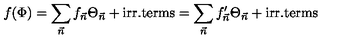
f ( \Phi ) = \sum _ { \vec { n } } f _ { \vec { n } } \Theta _ { \vec { n } } + \mathrm { i r r . t e r m s } = \sum _ { \vec { n } } f _ { \vec { n } } ^ { \prime } \Theta _ { \vec { n } } + \mathrm { i r r . t e r m s }